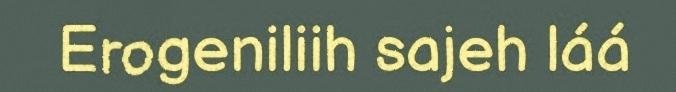
Erogeniliih sajeh láá